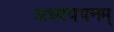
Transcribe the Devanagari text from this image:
अध्यययनम्